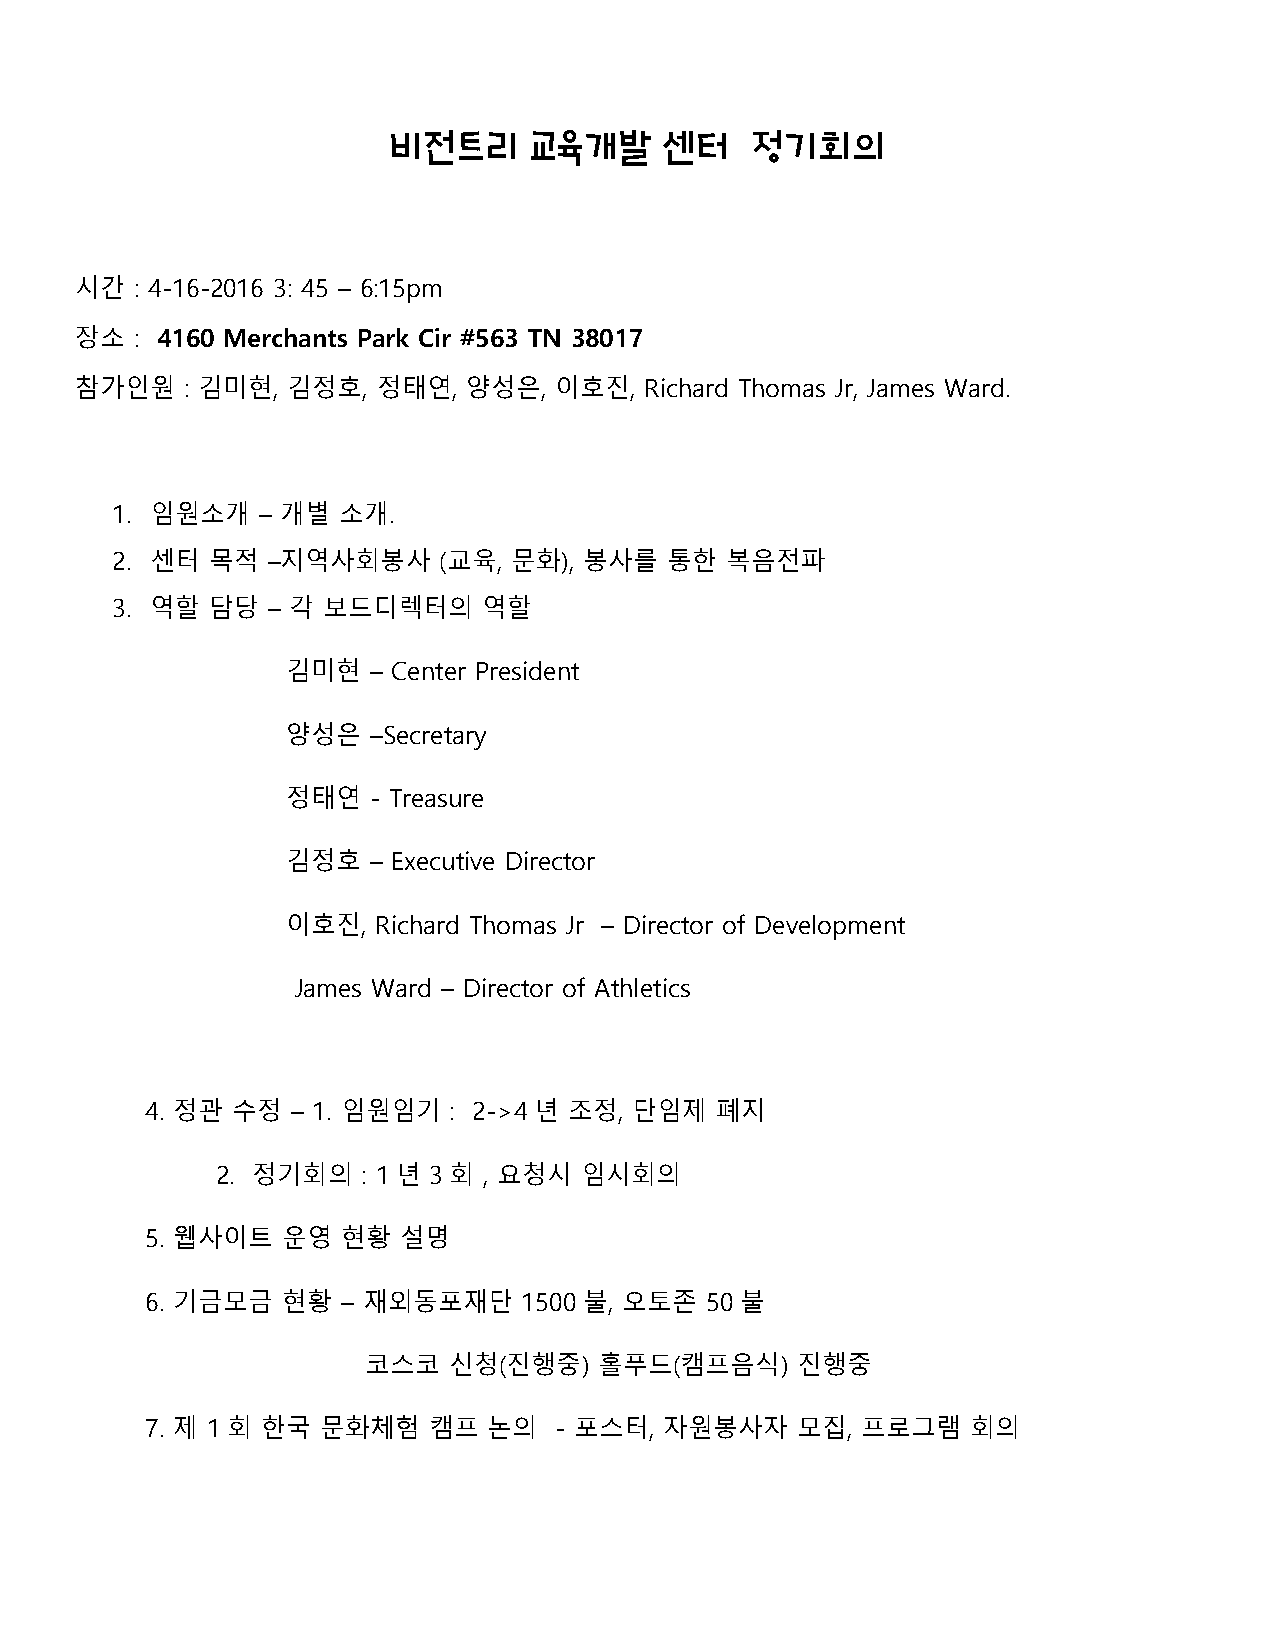
비전트리     교육개발     센터    정기회의
 시간  : 4-16-2016 3: 45 – 6:15pm
 장소  : 4160 Merchants Park Cir #563 TN 38017
 참가인원   : 김미현, 김정호,  정태연,  양성은,  이호진,  Richard Thomas Jr, James Ward.
 1. 임원소개   – 개별 소개.
 2. 센터  목적  –지역사회봉사    (교육, 문화), 봉사를  통한  복음전파
 3. 역할  담당  – 각 보드디렉터의    역할
 김미현  – Center President
 양성은  –Secretary
 정태연  - Treasure
 김정호  – Executive Director
 이호진,  Richard Thomas Jr – Director of Development
 James Ward – Director of Athletics
 4. 정관 수정 – 1. 임원임기  : 2->4년 조정, 단임제  폐지
 2. 정기회의   : 1년 3 회 , 요청시 임시회의
 5. 웹사이트  운영  현황 설명
 6. 기금모금  현황  – 재외동포재단    1500불, 오토존  50 불
 코스코   신청(진행중)   홀푸드(캠프음식)    진행중
 7. 제 1회 한국 문화체험   캠프  논의   - 포스터, 자원봉사자    모집, 프로그램   회의